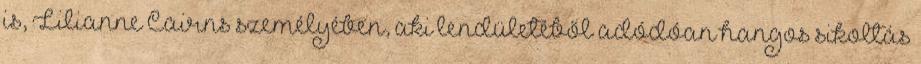
is, Lilianne Cairns személyében, aki lendületéből adódóan hangos sikoltás